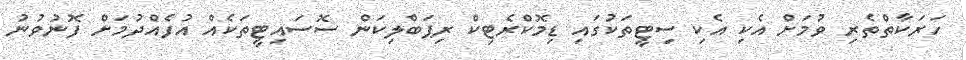
ހަރަކާތްތެރި ވުމަށް އެކި އެކި ސިޓީތަކުގައި ޑިމޮކްރެޓިކް ރިޕަބްލިކަން ސޮސައިޓީތަކެއް އުފެއްދުމަށް ފޮނުވުނު